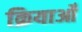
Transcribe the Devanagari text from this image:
क्रियाओँ